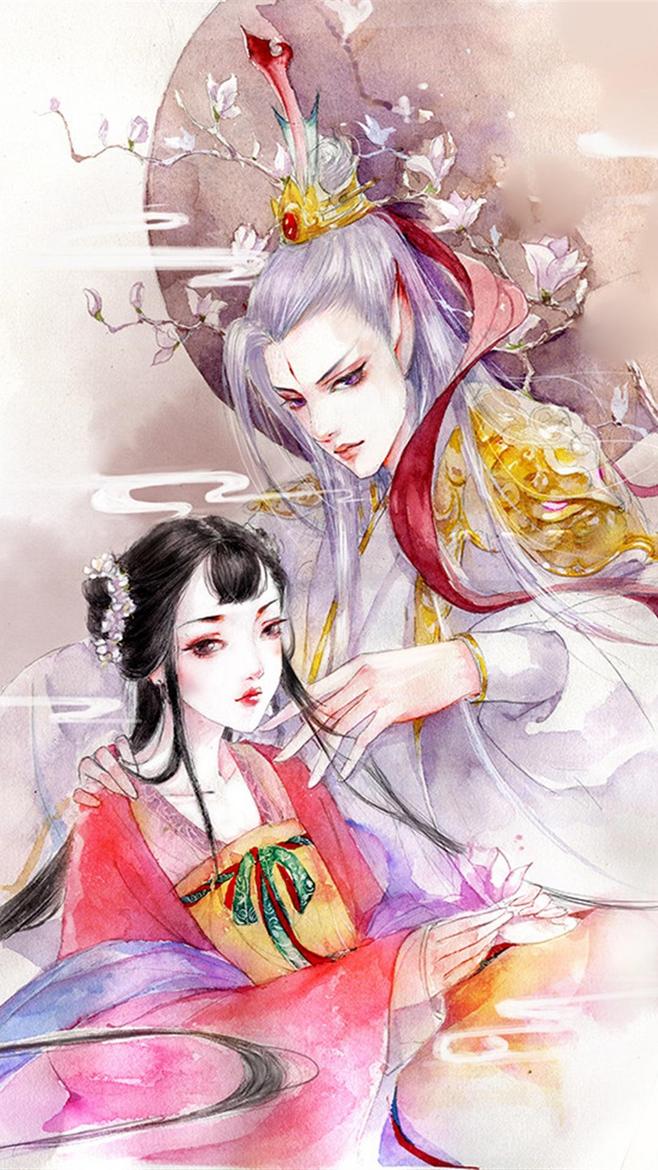
绣面芙蓉一笑开，斜飞宝鸭衬香腮。